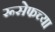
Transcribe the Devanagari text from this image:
रूसेफच्या